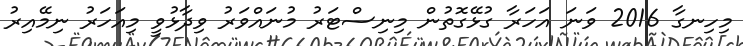
މިހިނގާ 2016 ވަނަ އަހަރާ ގުޅޭގޮތުން މިނިސްޓަރު މުނައްވަރު ވިދާޅުވީ މިއަހަރު ނިމޭއިރު